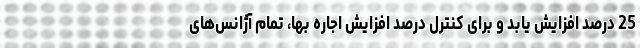
25 درصد افزایش یابد و برای کنترل درصد افزایش اجاره بها، تمام آژانس‌های